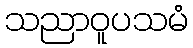
သညာဝူပသမံ